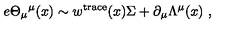
e \Theta _ { \mu } { } ^ { \mu } ( x ) \sim w ^ { \mathrm { t r a c e } } ( x ) \Sigma + \partial _ { \mu } \Lambda ^ { \mu } ( x ) \ ,